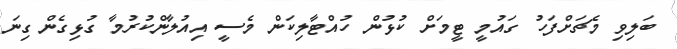
ބަލިވި މެޗަށްފަހު ގައުމީ ޓީމަށް ކުޅުން ހުއްޓާލިކަން މެސީ އިއުލާންކުރުމާ ގުޅިގެން ގިނަ